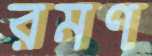
রমণ